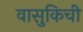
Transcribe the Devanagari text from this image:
वासुकिची